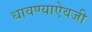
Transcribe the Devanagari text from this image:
धावण्याऐवजी